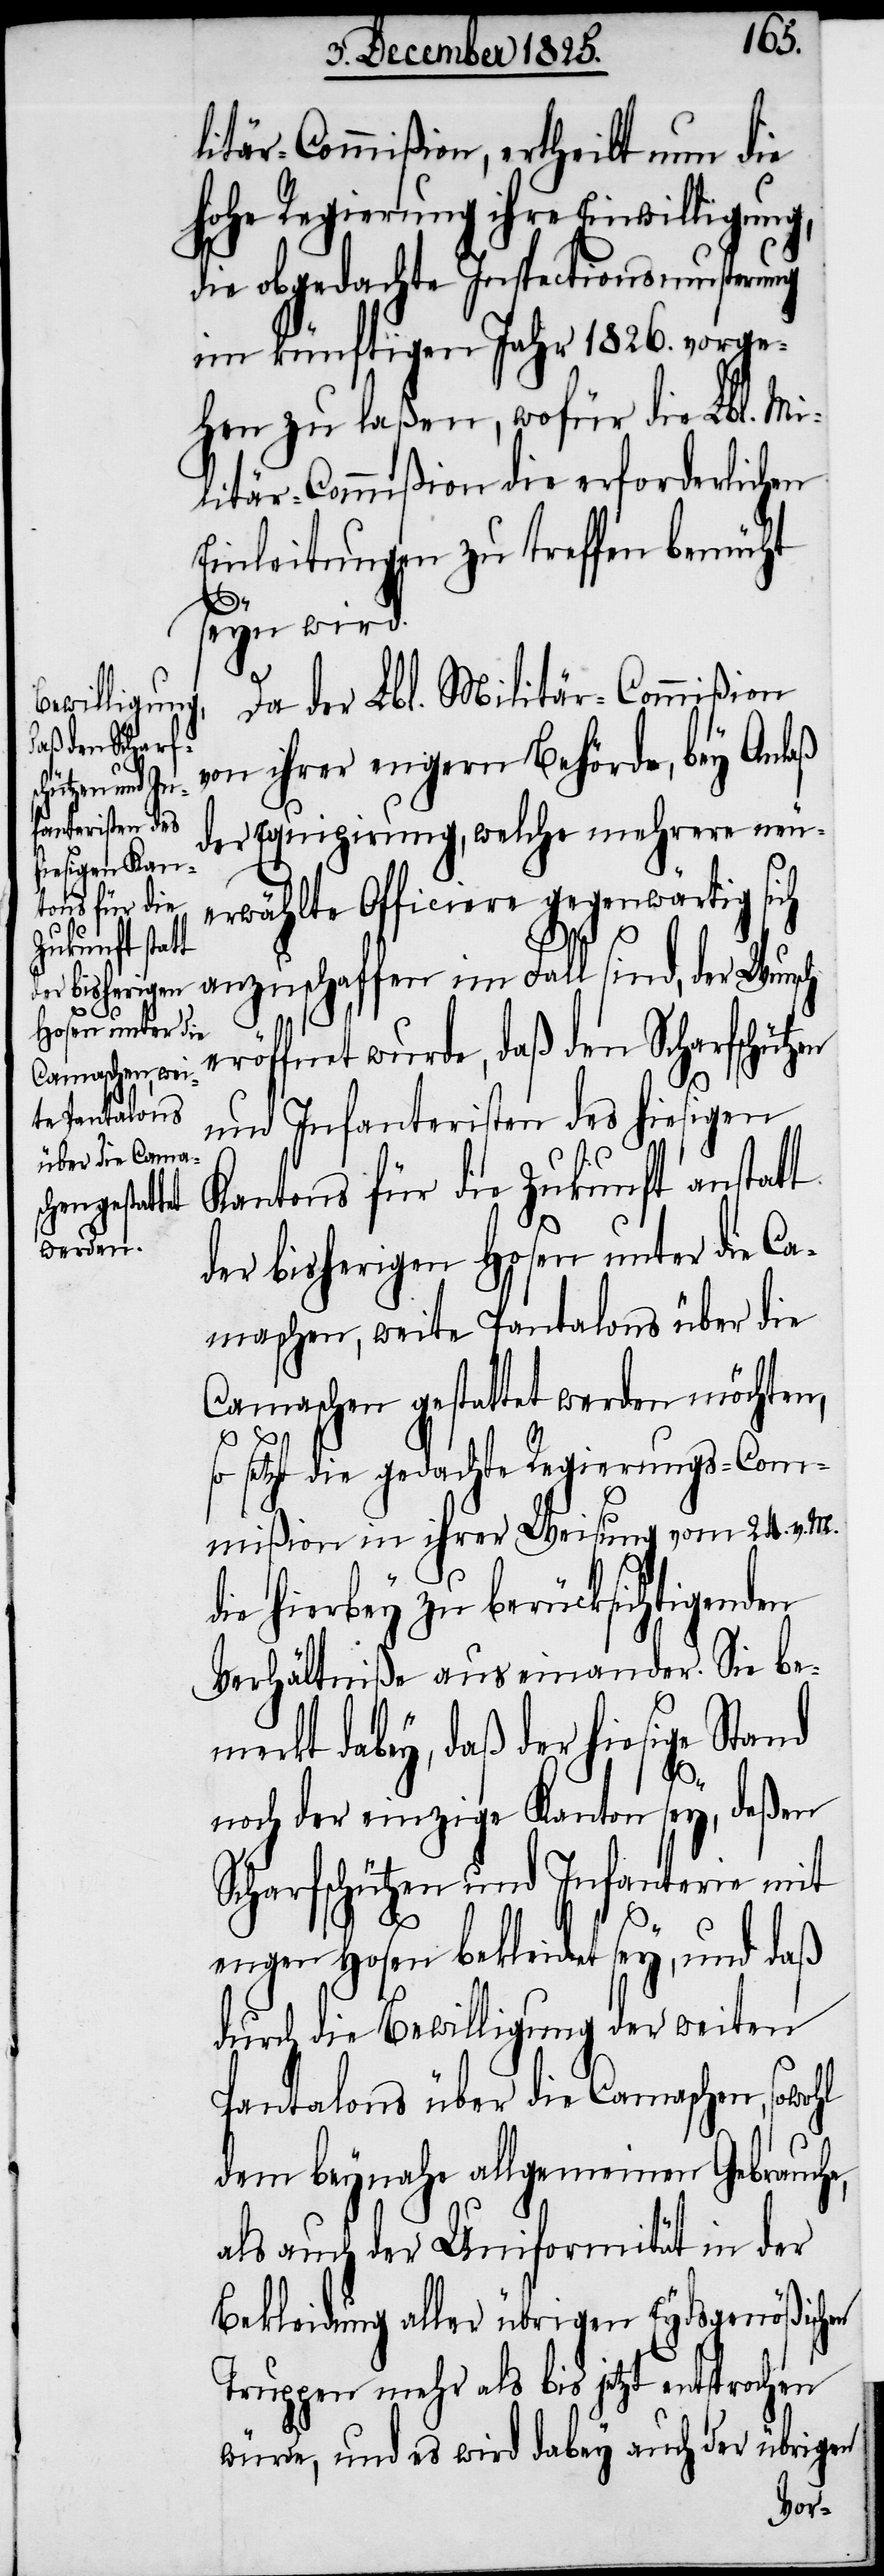
ertheilt nun

hohe Regierung ihre Einwilligung,
die obgedachte Inspectionsmusterung
im künftigen Jahr 1826. vorge¬
hen zu laßen, wofür die Lbl. Mi¬
litär-Commißion die erforderlichen
Einleitungen zu treffen bemüht
seyn wird.
Da der Lbl. Militär-Commißion
von ihrer engern Behörde, bey Anlaß
der Equipirung, welche mehrere neu¬
erwählte Officiere gegenwärtig
anzuschaffen im Fall sind, der Wunsch
eröffnet wurde, daß den Scharfschütz¬
en
und Infanteristen des hiesigen
Kantons für die Zukunft anstatt
der bisherigen Hosen unter die Ca¬
maschen, weite Pantalons über die
Camaschen gestattet werden möchten,
so setzt die gedachte Regierungs-Com¬
mißion in ihrer Weisung vom 24. v. M.
die hierbey zu berücksichtigenden
Verhältniße auseinander. Sie be¬
merkt dabey, daß der hiesige Stand
noch der einzige Kanton sey, deßen
Scharfschützen und Infanterie mit
engen Hosen bekleidet sey, und daß
durch die Bewilligung der weiten
Pantalons über die Camaschen, sowohl
dem beynahe allgemeinen Gebrauche,
als auch der Uniformität in der
Bekleidung aller übrigen Eydsgenößischen
Truppen mehr als bis jetzt entsprochen
würde, und es wird dabey auch der übrigen